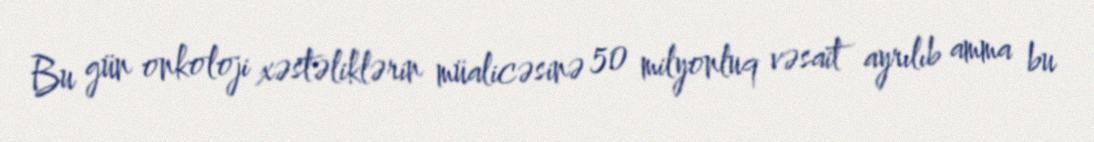
Bu gün onkoloji xəstəliklərin müalicəsinə 50 milyonluq vəsait ayrılıb amma bu